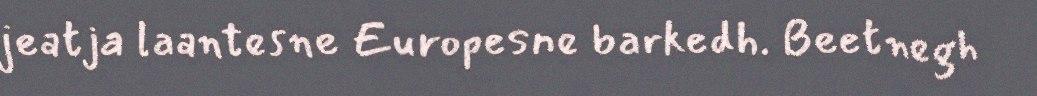
jeatja laantesne Europesne barkedh. Beetnegh